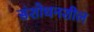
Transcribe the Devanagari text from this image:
संशोधनशील